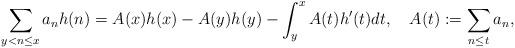
LaTeX: \begin{align*} \sum_{y < n \leq x} a_n h(n) = A(x) h(x) - A(y) h(y) - \int_y^x A(t) h'(t) dt,\,\,\,\,\,\,A(t) := \sum_{n \leq t} a_n,\end{align*}